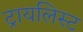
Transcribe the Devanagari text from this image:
ट्रायलिस्ट